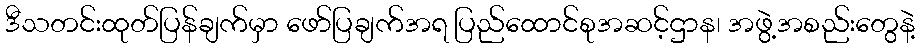
ဒီသတင်းထုတ်ပြန်ချက်မှာ ဖော်ပြချက်အရ ပြည်ထောင်စုအဆင့်ဌာန၊ အဖွဲ့အစည်းတွေနဲ့